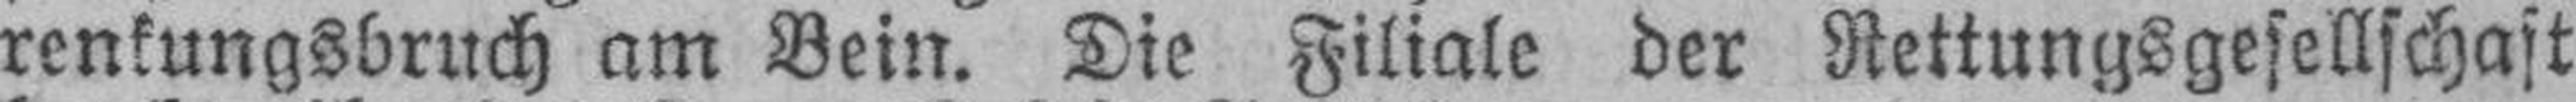
renkungsbruch am Bein. Die Filiale der Rettungsgesellschaft